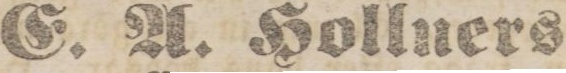
E. A. Holluers